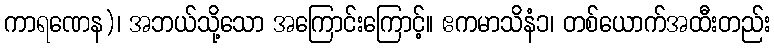
ကာရဏေန)၊ အဘယ်သို့သော အကြောင်းကြောင့်။ ဧကမာသိနံ၁၊ တစ်ယောက်အထီးတည်း